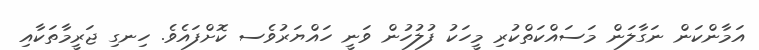
އަމާންކަން ނަގާލަން މަސައްކަތްކުރި މީހަކު ފުލުހުން ވަނީ ހައްޔަރުވެސ ކޮށްފައެވެ. ހިނގި ޖަރީމާތަކާއި